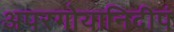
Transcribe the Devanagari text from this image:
अपरगोयानिदीपं